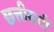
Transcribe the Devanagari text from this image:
छत्तीसवीं